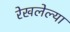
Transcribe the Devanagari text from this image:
रेखलेल्या